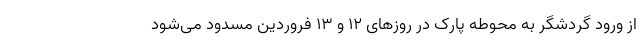
از ورود گردشگر به محوطه پارک در روز‌های ۱۲ و ۱۳ فروردین مسدود می‌شود